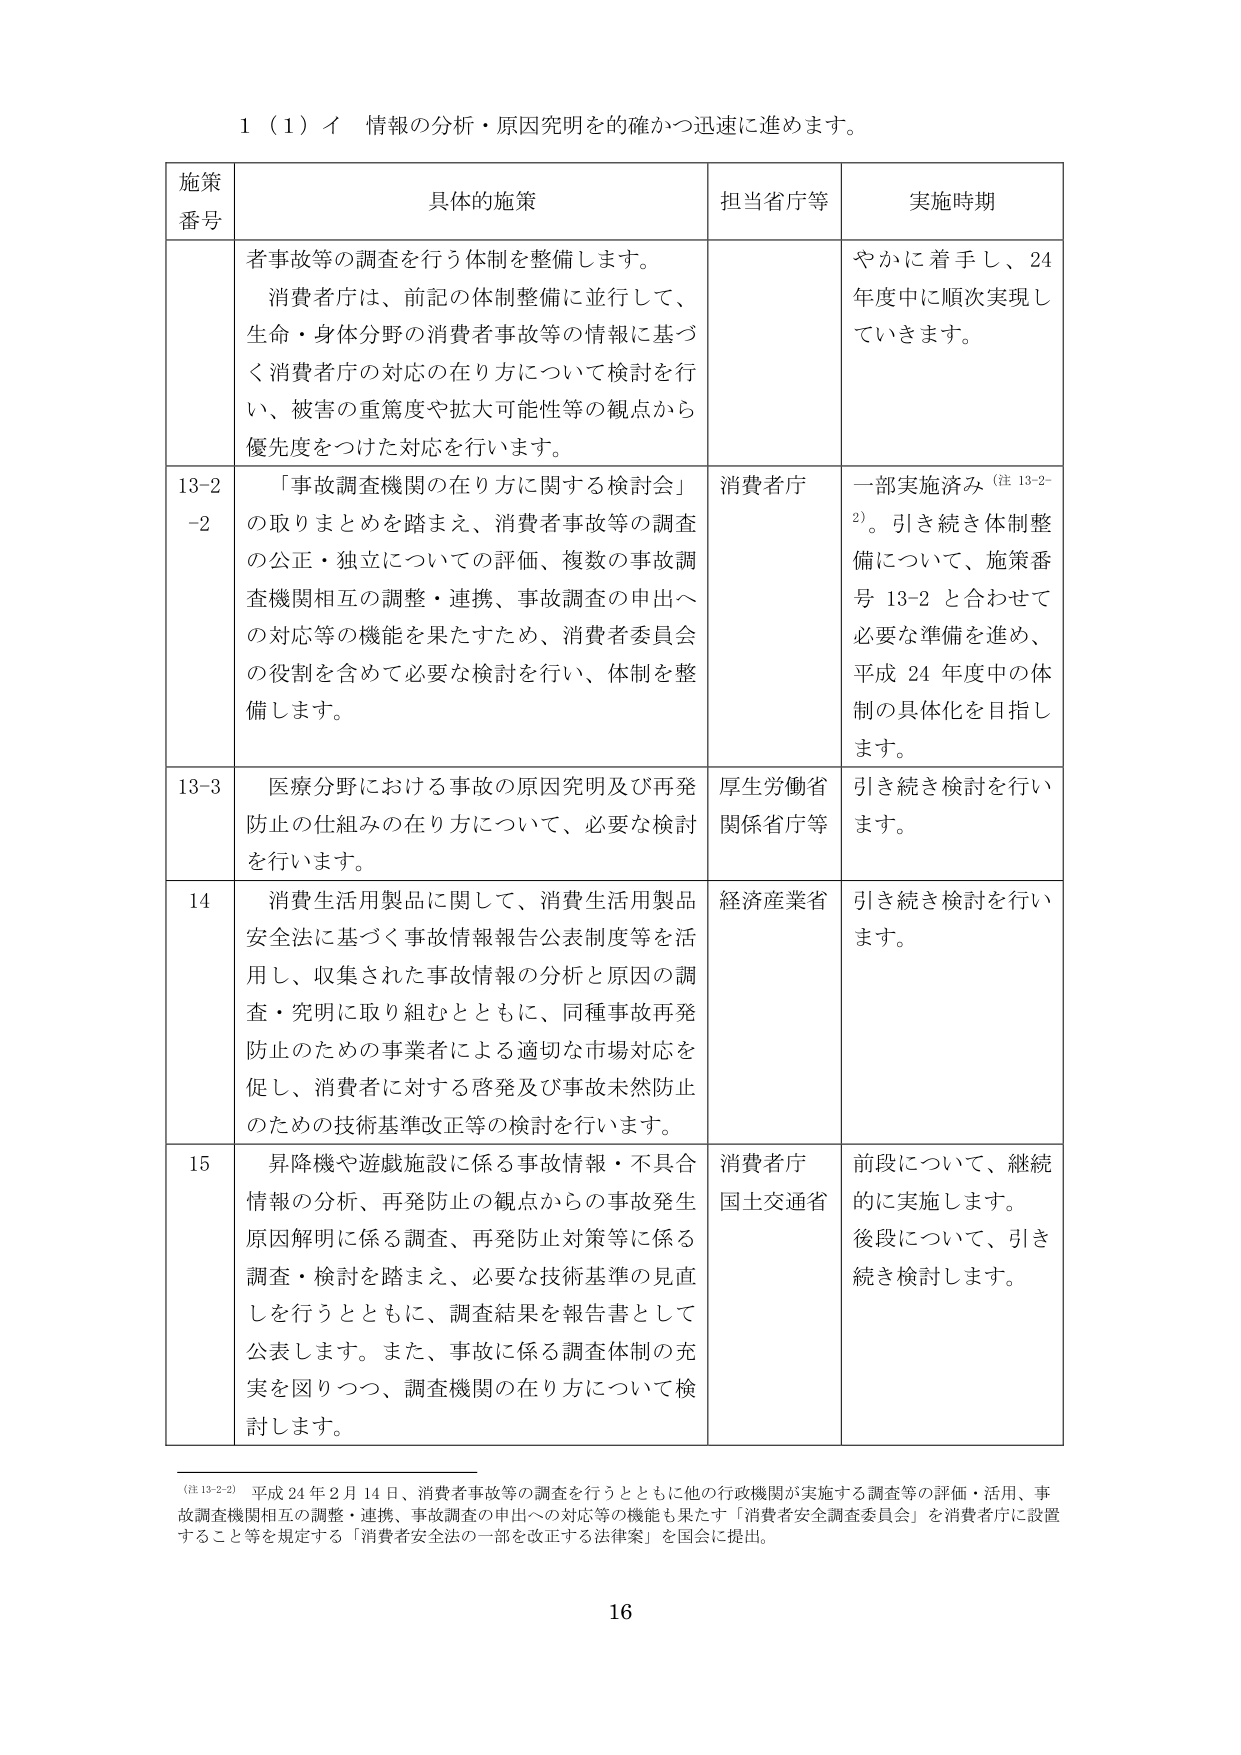
1（1）イ 情報の分析・原因究明を的確かつ迅速に進めます。

施策番号 具体的施策 担当省庁等 実施時期

者事故等の調査を行う体制を整備します。
消費者庁は、前記の体制整備に並行して、
生命・身体分野の消費者事故等の情報に基づ
く消費者庁の対応の在り方について検討を行
い、被害の重篤度や拡大可能性等の観点から
優先度をつけた対応を行います。
やかに着手し、24
年度中に順次実現し
ていきます。

13-2
-2 「事故調査機関の在り方に関する検討会」
の取りまとめを踏まえ、消費者事故等の調査
の公正・独立についての評価、複数の事故調
査機関相互の調整・連携、事故調査の申出へ
の対応等の機能を果たすため、消費者委員会
の役割を含めて必要な検討を行い、体制を整
備します。
消費者庁 一部実施済み（注 13-2-2）。引き続き体制整
備について、施策番
号 13-2 と合わせて
必要な準備を進め、
平成 24 年度中の体
制の具体化を目指し
ます。

13-3 医療分野における事故の原因究明及び再発
防止の仕組みの在り方について、必要な検討
を行います。
厚生労働省
関係省庁等 引き続き検討を行いま
す。

14 消費生活用製品に関して、消費生活用製品
安全法に基づく事故情報報告公表制度等を活
用し、収集された事故情報の分析と原因の調
査・究明に取り組むとともに、同種事故再発
防止のための事業者による適切な市場対応を
促し、消費者に対する啓発及び事故未然防止
のための技術基準改正等の検討を行います。
経済産業省 引き続き検討を行いま
す。

15 昇降機や遊戯施設に係る事故情報・不具合
情報の分析、再発防止の観点からの事故発生
原因解明に係る調査、再発防止対策等に係る
調査・検討を踏まえ、必要な技術基準の見直
しを行うとともに、調査結果を報告書として
公表します。また、事故に係る調査体制の充
実を図りつつ、調査機関の在り方について検
討します。
消費者庁
国土交通省 前段について、継続
的に実施します。
後段について、引き
続き検討します。

（注 13-2-2） 平成 24 年 2 月 14 日、消費者事故等の調査を行うとともに他の行政機関が実施する調査等の評価・活用、事
故調査機関相互の調整・連携、事故調査の申出への対応等の機能も果たす「消費者安全調査委員会」を消費者庁に設置
すること等を規定する「消費者安全法の一部を改正する法律案」を国会に提出。

16